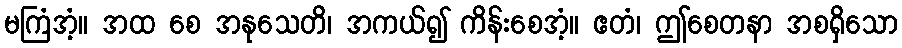
မကြံအံ့။ အထ စေ အနုသေတိ၊ အကယ်၍ ကိန်းစေအံ့။ ဧတံ၊ ဤစေတနာ အစရှိသော